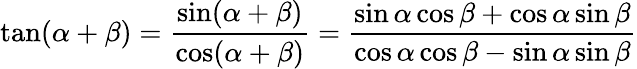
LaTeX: \tan(\alpha+\beta)={\frac{\sin(\alpha+\beta)}{\cos(\alpha+\beta)}}={\frac{\sin\alpha\cos\beta+\cos\alpha\sin\beta}{\cos\alpha\cos\beta-\sin\alpha\sin\beta}}